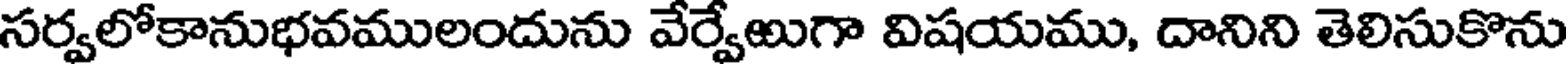
సర్వలోకానుభవములందును వేర్వేఱుగా విషయము, దానిని తెలిసుకొను